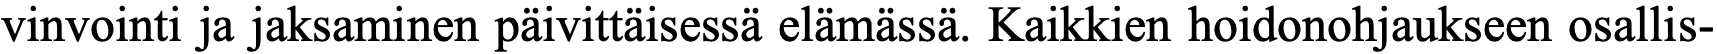
vinvointi ja jaksaminen päivittäisessä elämässä. Kaikkien hoidonohjaukseen osallis-